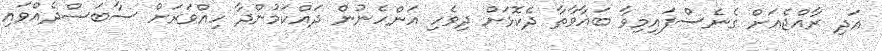
އަދި ރާއްޖެއަށް ގެނެސްފައިމިވާ ބަޣާވާތާ ދެކޮޅަށް ދިވެހި އަންހެނުން ދައްކަމުންދާ ހިއްވަރަށް ސާބަސްދެއްވައި